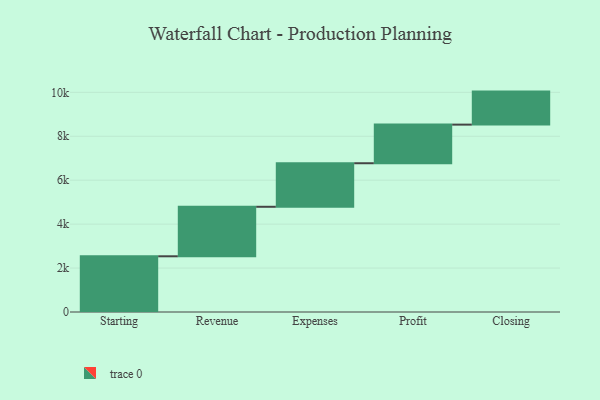
{"axis": {"x": "Step", "y": "Value"}, "legend": [""], "data": [{"x": "Starting", "y": 2536.0, "type": ""}, {"x": "Revenue", "y": 2254.0, "type": ""}, {"x": "Expenses", "y": 1982.0, "type": ""}, {"x": "Profit", "y": 1758.0, "type": ""}, {"x": "Closing", "y": 1503.0, "type": ""}]}